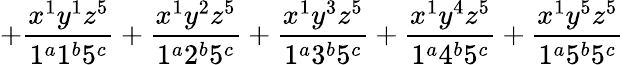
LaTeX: +\frac{x^{1}y^{1}z^{5}}{1^{a}1^{b}5^{c}}+\frac{x^{1}y^{2}z^{5}}{1^{a}2^{b}5^{c}}+\frac{x^{1}y^{3}z^{5}}{1^{a}3^{b}5^{c}}+\frac{x^{1}y^{4}z^{5}}{1^{a}4^{b}5^{c}}+\frac{x^{1}y^{5}z^{5}}{1^{a}5^{b}5^{c}}